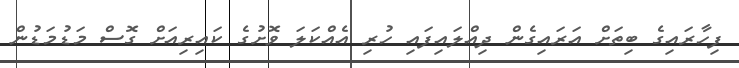
ފިހާރައިގެ ބިތަށް އަރައިގެން ދިއްލައިފައި ހުރި އެއްކަލަ ވޮށުގެ ކައިރިއަށް ގޮސް މަޑުމަޑުން